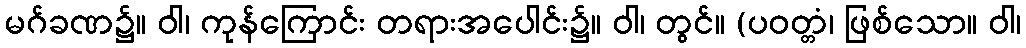
မဂ်ခဏ၌။ ဝါ၊ ကုန်ကြောင်း တရားအပေါင်း၌။ ဝါ၊ တွင်။ (ပဝတ္တံ၊ ဖြစ်သော။ ဝါ၊